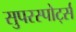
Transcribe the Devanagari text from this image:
सुपरस्पोर्ट्स